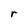
Character: r